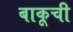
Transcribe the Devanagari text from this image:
बाकूची